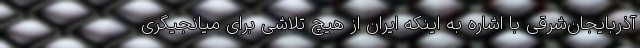
آذربایجان‌شرقی با اشاره به اینکه ایران از هیچ تلاشی برای میانجیگری